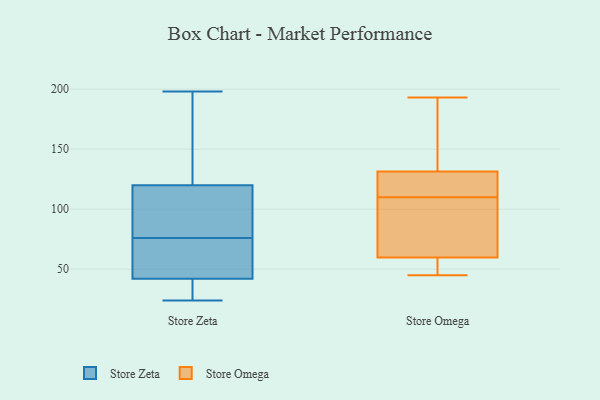
{"axis": {"x": "Bounce Rate (%)", "y": "Value"}, "legend": ["Store Omega", "Store Zeta"], "data": [{"x": "", "y": 198, "type": "Store Zeta"}, {"x": "", "y": 124, "type": "Store Zeta"}, {"x": "", "y": 42, "type": "Store Zeta"}, {"x": "", "y": 190, "type": "Store Zeta"}, {"x": "", "y": 42, "type": "Store Zeta"}, {"x": "", "y": 116, "type": "Store Zeta"}, {"x": "", "y": 58, "type": "Store Zeta"}, {"x": "", "y": 42, "type": "Store Zeta"}, {"x": "", "y": 76, "type": "Store Zeta"}, {"x": "", "y": 91, "type": "Store Zeta"}, {"x": "", "y": 24, "type": "Store Zeta"}, {"x": "", "y": 62, "type": "Store Zeta"}, {"x": "", "y": 93, "type": "Store Zeta"}, {"x": "", "y": 35, "type": "Store Zeta"}, {"x": "", "y": 171, "type": "Store Zeta"}, {"x": "", "y": 76, "type": "Store Zeta"}, {"x": "", "y": 128, "type": "Store Omega"}, {"x": "", "y": 83, "type": "Store Omega"}, {"x": "", "y": 110, "type": "Store Omega"}, {"x": "", "y": 136, "type": "Store Omega"}, {"x": "", "y": 130, "type": "Store Omega"}, {"x": "", "y": 127, "type": "Store Omega"}, {"x": "", "y": 178, "type": "Store Omega"}, {"x": "", "y": 53, "type": "Store Omega"}, {"x": "", "y": 193, "type": "Store Omega"}, {"x": "", "y": 62, "type": "Store Omega"}, {"x": "", "y": 49, "type": "Store Omega"}, {"x": "", "y": 83, "type": "Store Omega"}, {"x": "", "y": 45, "type": "Store Omega"}]}